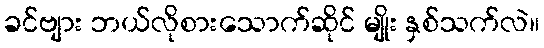
ခင်ဗျား ဘယ်လိုစားသောက်ဆိုင် မျိုး နှစ်သက်လဲ။